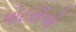
પોટરીએ